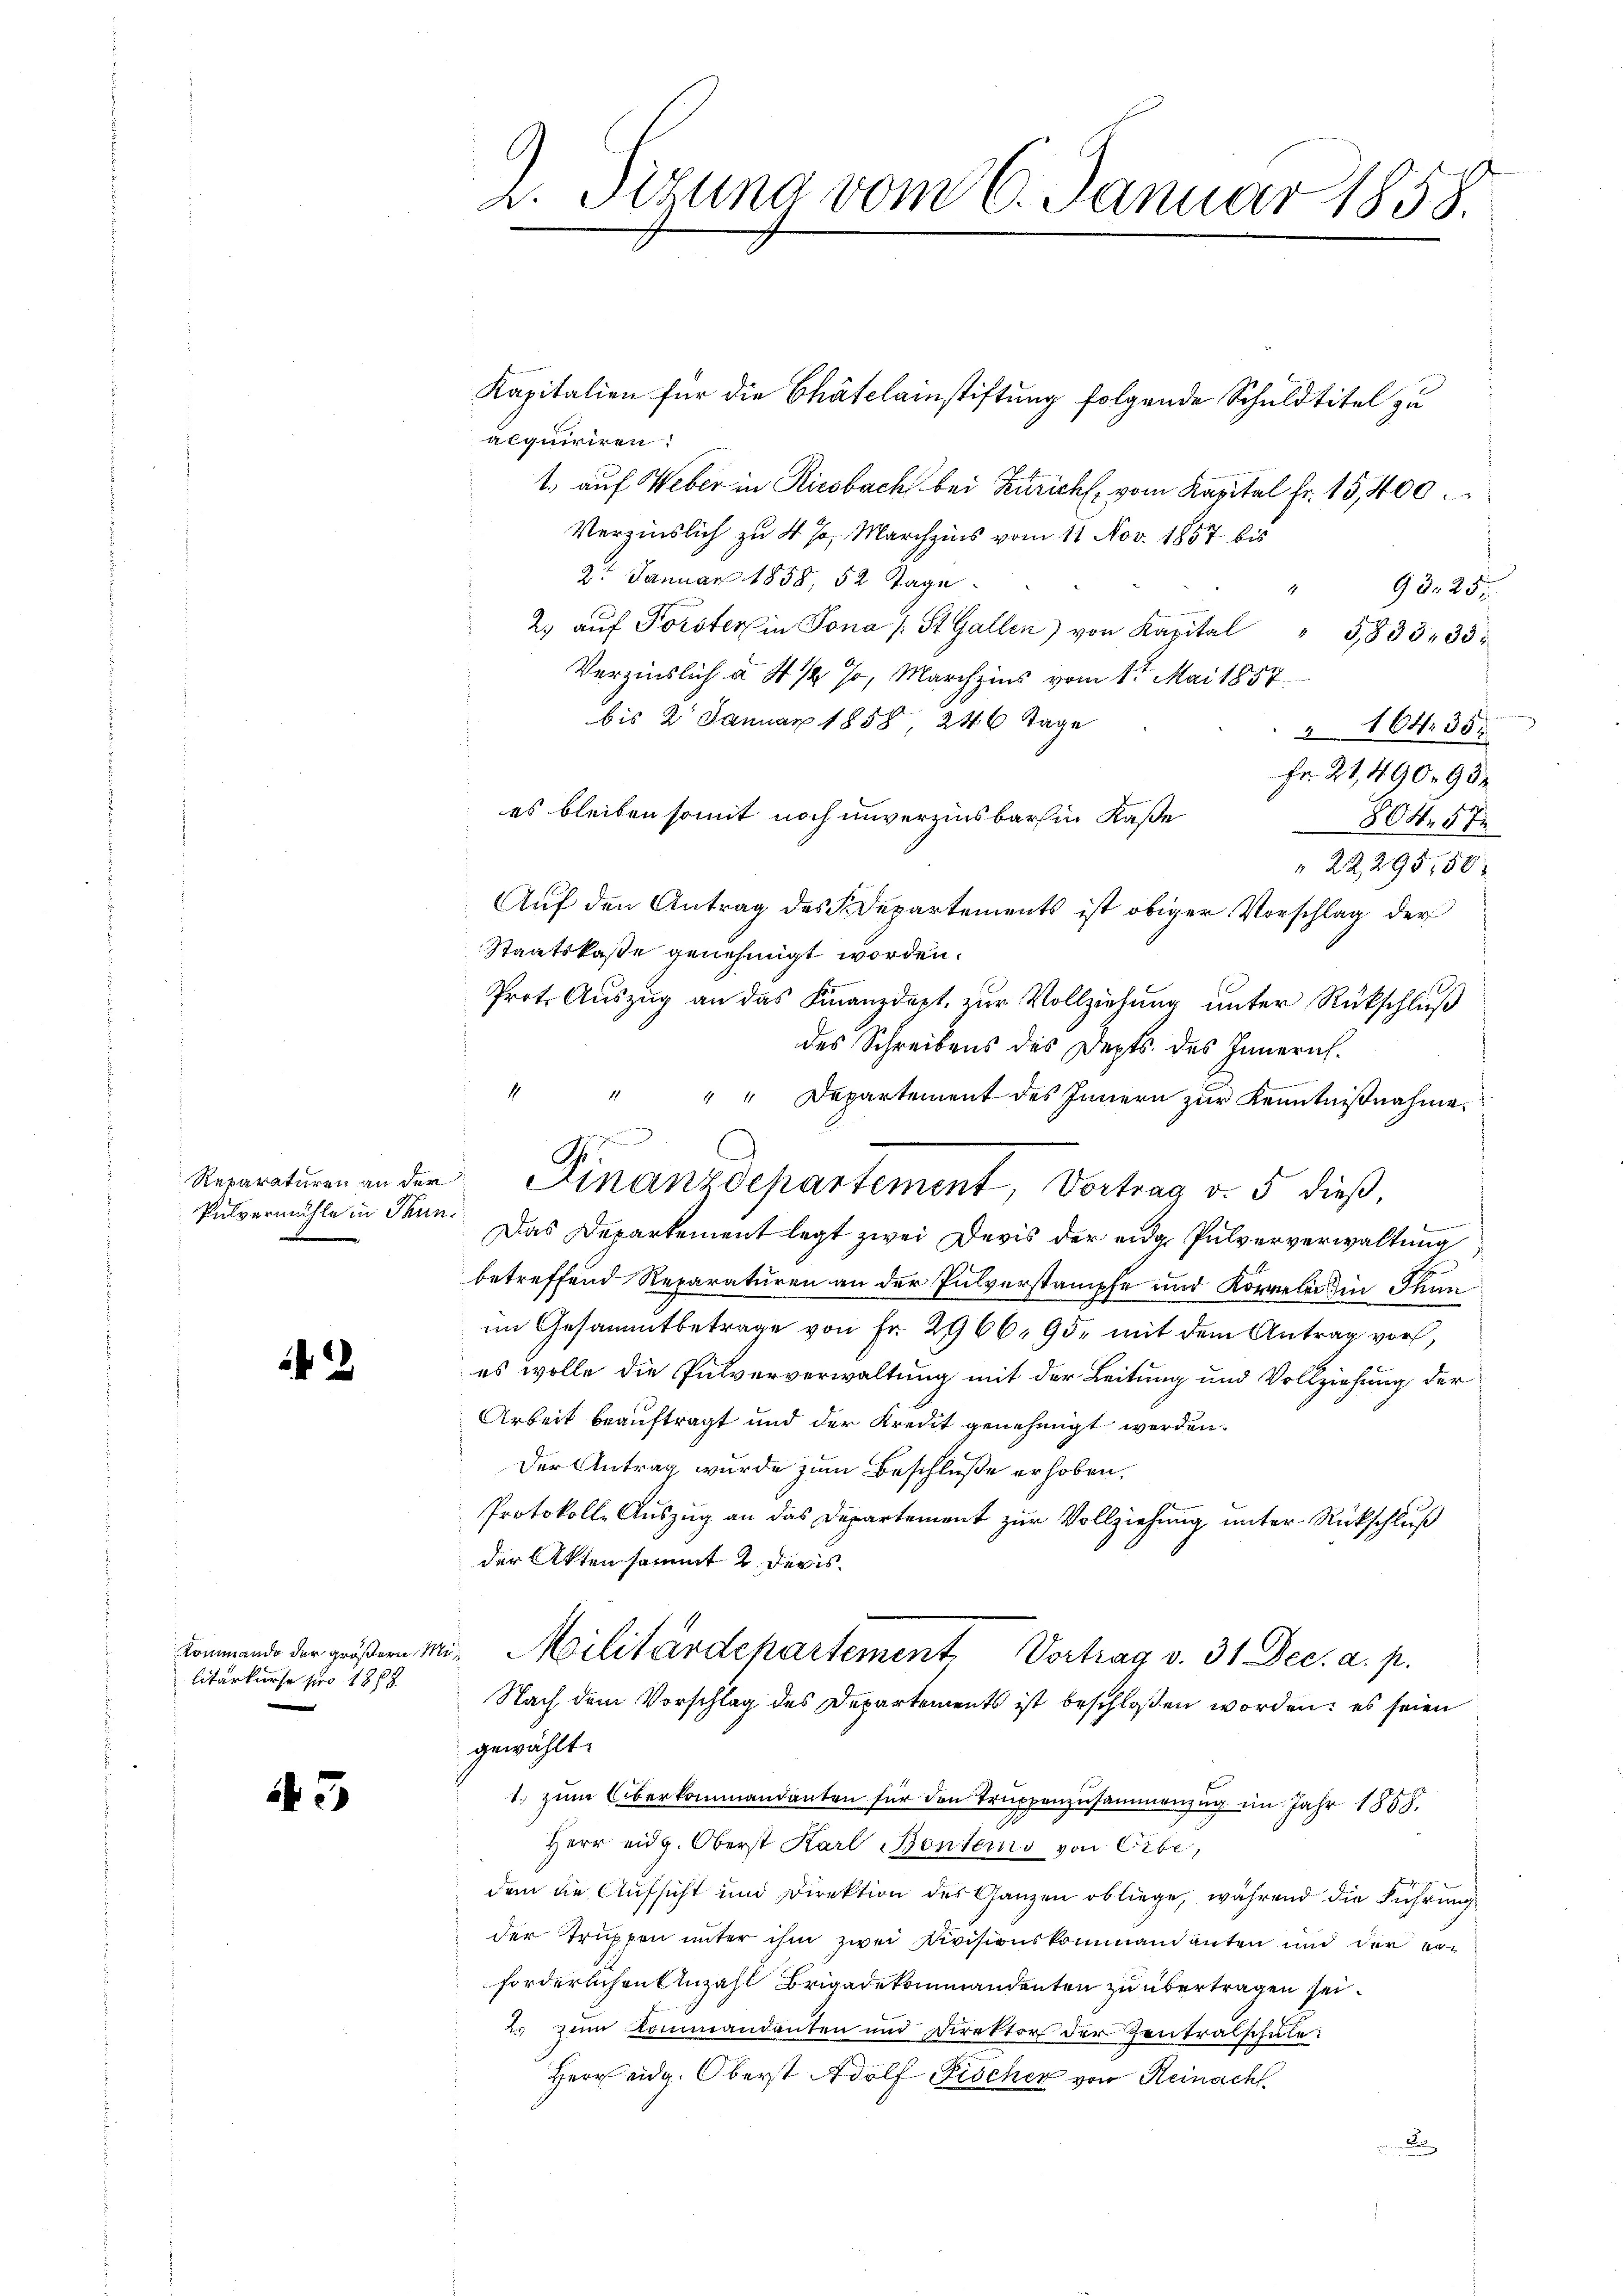
Pulvermühle in Thuni

2

litarkurse pro 1888.

45

A. Sizung vom 6. Januar 1858.

Kapitalien für die Chätclainstiftung folgende Schuldtitel zu
acquiriren
1., auf Weber in Riesbach bei Züricht vom Kapital Fr. 15,400.
Verzinslich zu 4 % Marchzins vom 11. Nov. 1857 bis
2t Januar 1858, 52 Tage
98. 25.
2. aŭf Forster in Jona /: St. Gallen) von Kapital " 3,833. 33
Verzinslich à 4 1/2 Jo, Marchzins vom 1ten Mai 1857.
bis 2 Januar 1858 246 Tage
 164. 35.
Fr. 21,490. 982
es bleiben somit noch unverzinsbar in Kaße
804. 57
" 22295,50
Auf den Antrag des Departements ist obiger Vorschlag der
Staatskasse genehmigt worden.
Prot. Auszug an das Finanzdert zur Vollziehung unter Rückschluß
des Schreibens des Depts. des Innern.
1
1
Das Departement legt zwei Devis der eidg. Pulververwaltung
betreffend Reparaturen an der Pulverstampfe und Korreler in Thun
im Gesammtbetrage von Fr. 2966, 95, mit dem Antrag vor,
es wolle die Pulververwaltung mit der Leitung und Vollziehung der
Arbeit beauftragt und der Kredit genehmigt werden.
Der Antrag wurde zum Beschluße erhoben.
Protokolle Auszug an das Departement zur Vollziehung unter Rückschluß
der Aktensammt 2. Devis
kommend der weißem Mit Militärdepartement Vortrag v. 31. Dec. a. p.
Nach dem Vorschlag des Departements ist beschloßen worden: es seien
gewählt.
1. zum Oberkommandanten für den Truppenzusammenzug im Jahr 1858.
Herr eidg. Oberst Karl Bonters von Gibe,
dem die Aufsicht im Direktion des Ganzen obliege, während die Führung
der Truppen unter ihm zwei Divisionskommandanten und der erforderlichen Anzahl Brigadekommandenten zu übertragen sei.
us zum Kommandanten und Direktor der Zentralschule:
Herr eidg. Oberst Adolf Fischer von Reinacht

" Departement des Innern zur Kenntnißnahme.
.
.
G.
Reparaturen an der Finanzdepartement, Vortrag d. 5 dieβ,